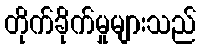
တိုက်ခိုက်မှုများသည်